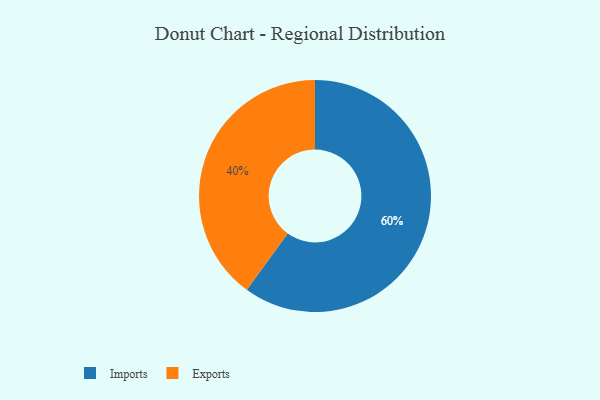
{"axis": {"x": "Category", "y": "Percentage"}, "legend": ["Exports", "Imports"], "data": [{"x": "Imports", "y": 60, "type": "Imports"}, {"x": "Exports", "y": 40, "type": "Exports"}]}